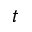
t